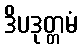
ဒိပဒုတ္တမံ